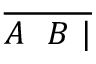
\overline { { A \ \ B \ | } }